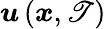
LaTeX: \boldsymbol{u}\left(\boldsymbol{x},\mathscr{T}\right)